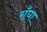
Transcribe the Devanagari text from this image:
राँघा